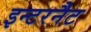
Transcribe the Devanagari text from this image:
इन्टरनैट